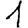
Digit: 1